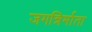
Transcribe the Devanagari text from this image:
जगन्निर्माता